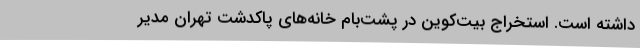
داشته است. استخراج بیت‌کوین در پشت‌بام خانه‌های پاکدشت تهران مدیر